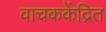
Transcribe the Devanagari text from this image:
वाचककेंद्रित